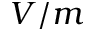
V / m